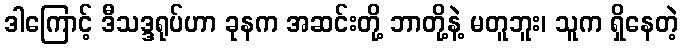
ဒါကြောင့် ဒီသဒ္ဒရုပ်ဟာ ခုနက အဆင်းတို့ ဘာတို့နဲ့ မတူဘူး၊ သူက ရှိနေတဲ့